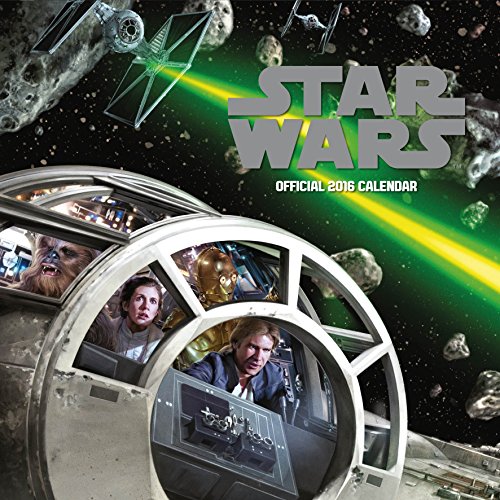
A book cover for The Official Star Wars Classic 2016 Square Calendar; Calendars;